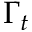
\Gamma _ { t }